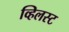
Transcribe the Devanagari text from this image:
व्हिलस्ट